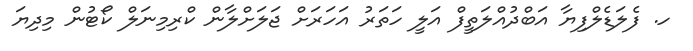
ހ. ފެލަޑެލްފިޔާ އަބްދުއްލަތީފް އަލީ ހަތަރު އަހަރަށް ޖަލަށްލާން ކްރިމިނަލް ކޯޓުން މިދިޔަ